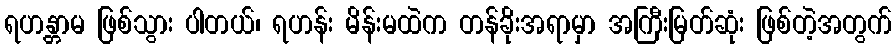
ရဟန္တာမ ဖြစ်သွား ပါတယ်၊ ရဟန်း မိန်းမထဲက တန်ခိုးအရာမှာ အကြီးမြတ်ဆုံး ဖြစ်တဲ့အတွက်